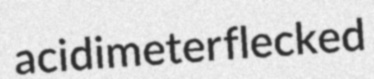
acidimeter flecked